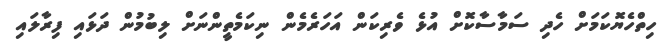
ހިތްހެޔޮކަމަށް ހެދި ސަމާސާކޮށް އުޅެ ވެރިކަން އަހަރެމެން ނިކަމެތީންނަށް ލިބުމުން ދަޅައި ފިރާލައި